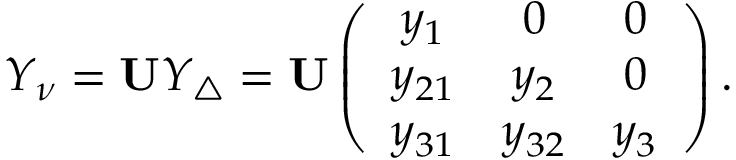
Y _ { \nu } = { \bf U } Y _ { \triangle } = { \bf U } \left( \begin{array} { c c c } { { y _ { 1 } } } & { { 0 } } & { { 0 } } \\ { { y _ { 2 1 } } } & { { y _ { 2 } } } & { { 0 } } \\ { { y _ { 3 1 } } } & { { y _ { 3 2 } } } & { { y _ { 3 } } } \end{array} \right) .